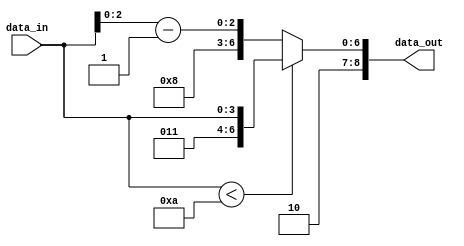
module LCDencoder(data_in,data_out);
	
	input [3:0]data_in;
	output [8:0]data_out;
	
	assign data_out=(data_in<4'b1010) ? {5'b10011,data_in}:
													{6'b101000,data_in[2:0]-1'b1};
	
endmodule